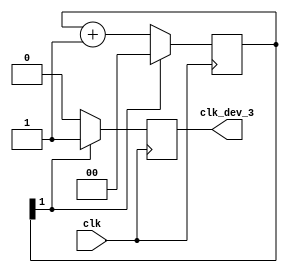
module clk_dev_3 (clk, clk_dev_3);

input clk;

output reg clk_dev_3;

reg [1:0] cnt_f_dev = 2'b00;

always @(posedge clk) begin
	cnt_f_dev <= cnt_f_dev + 2'b01;
	if(cnt_f_dev[1]) begin
		clk_dev_3 <= 1'b1;
		cnt_f_dev <= 2'b00;
	end
	else
		clk_dev_3 <= 1'b0;
end 
endmodule